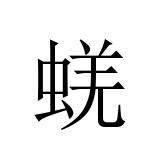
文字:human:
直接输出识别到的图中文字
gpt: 蜣